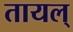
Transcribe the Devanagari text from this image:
तायल्